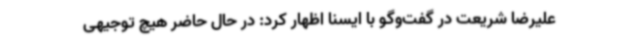
علیرضا شریعت در گفت‌وگو با ایسنا اظهار کرد: در حال حاضر هیچ توجیهی